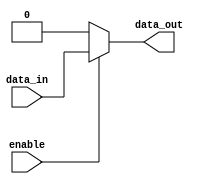
module buffer_enable(
    input wire data_in,
    input wire enable,
    output reg data_out
);

    always @(*) begin
        if(enable == 1'b1) begin
            data_out = data_in;
        end else begin
            data_out = 1'b0; // or any other constant value
        end
    end

endmodule